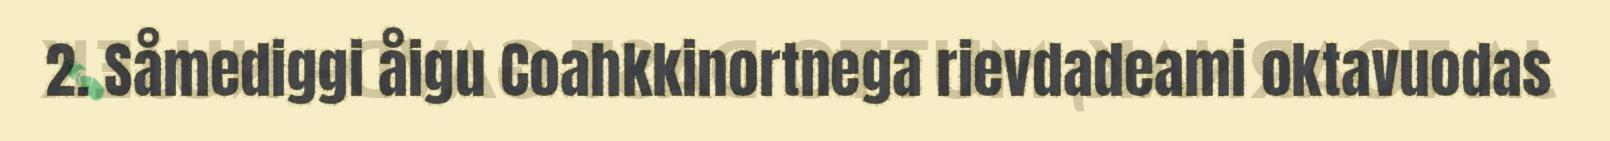
2. Såmediggi åigu Coahkkinortnega rievdadeami oktavuodas